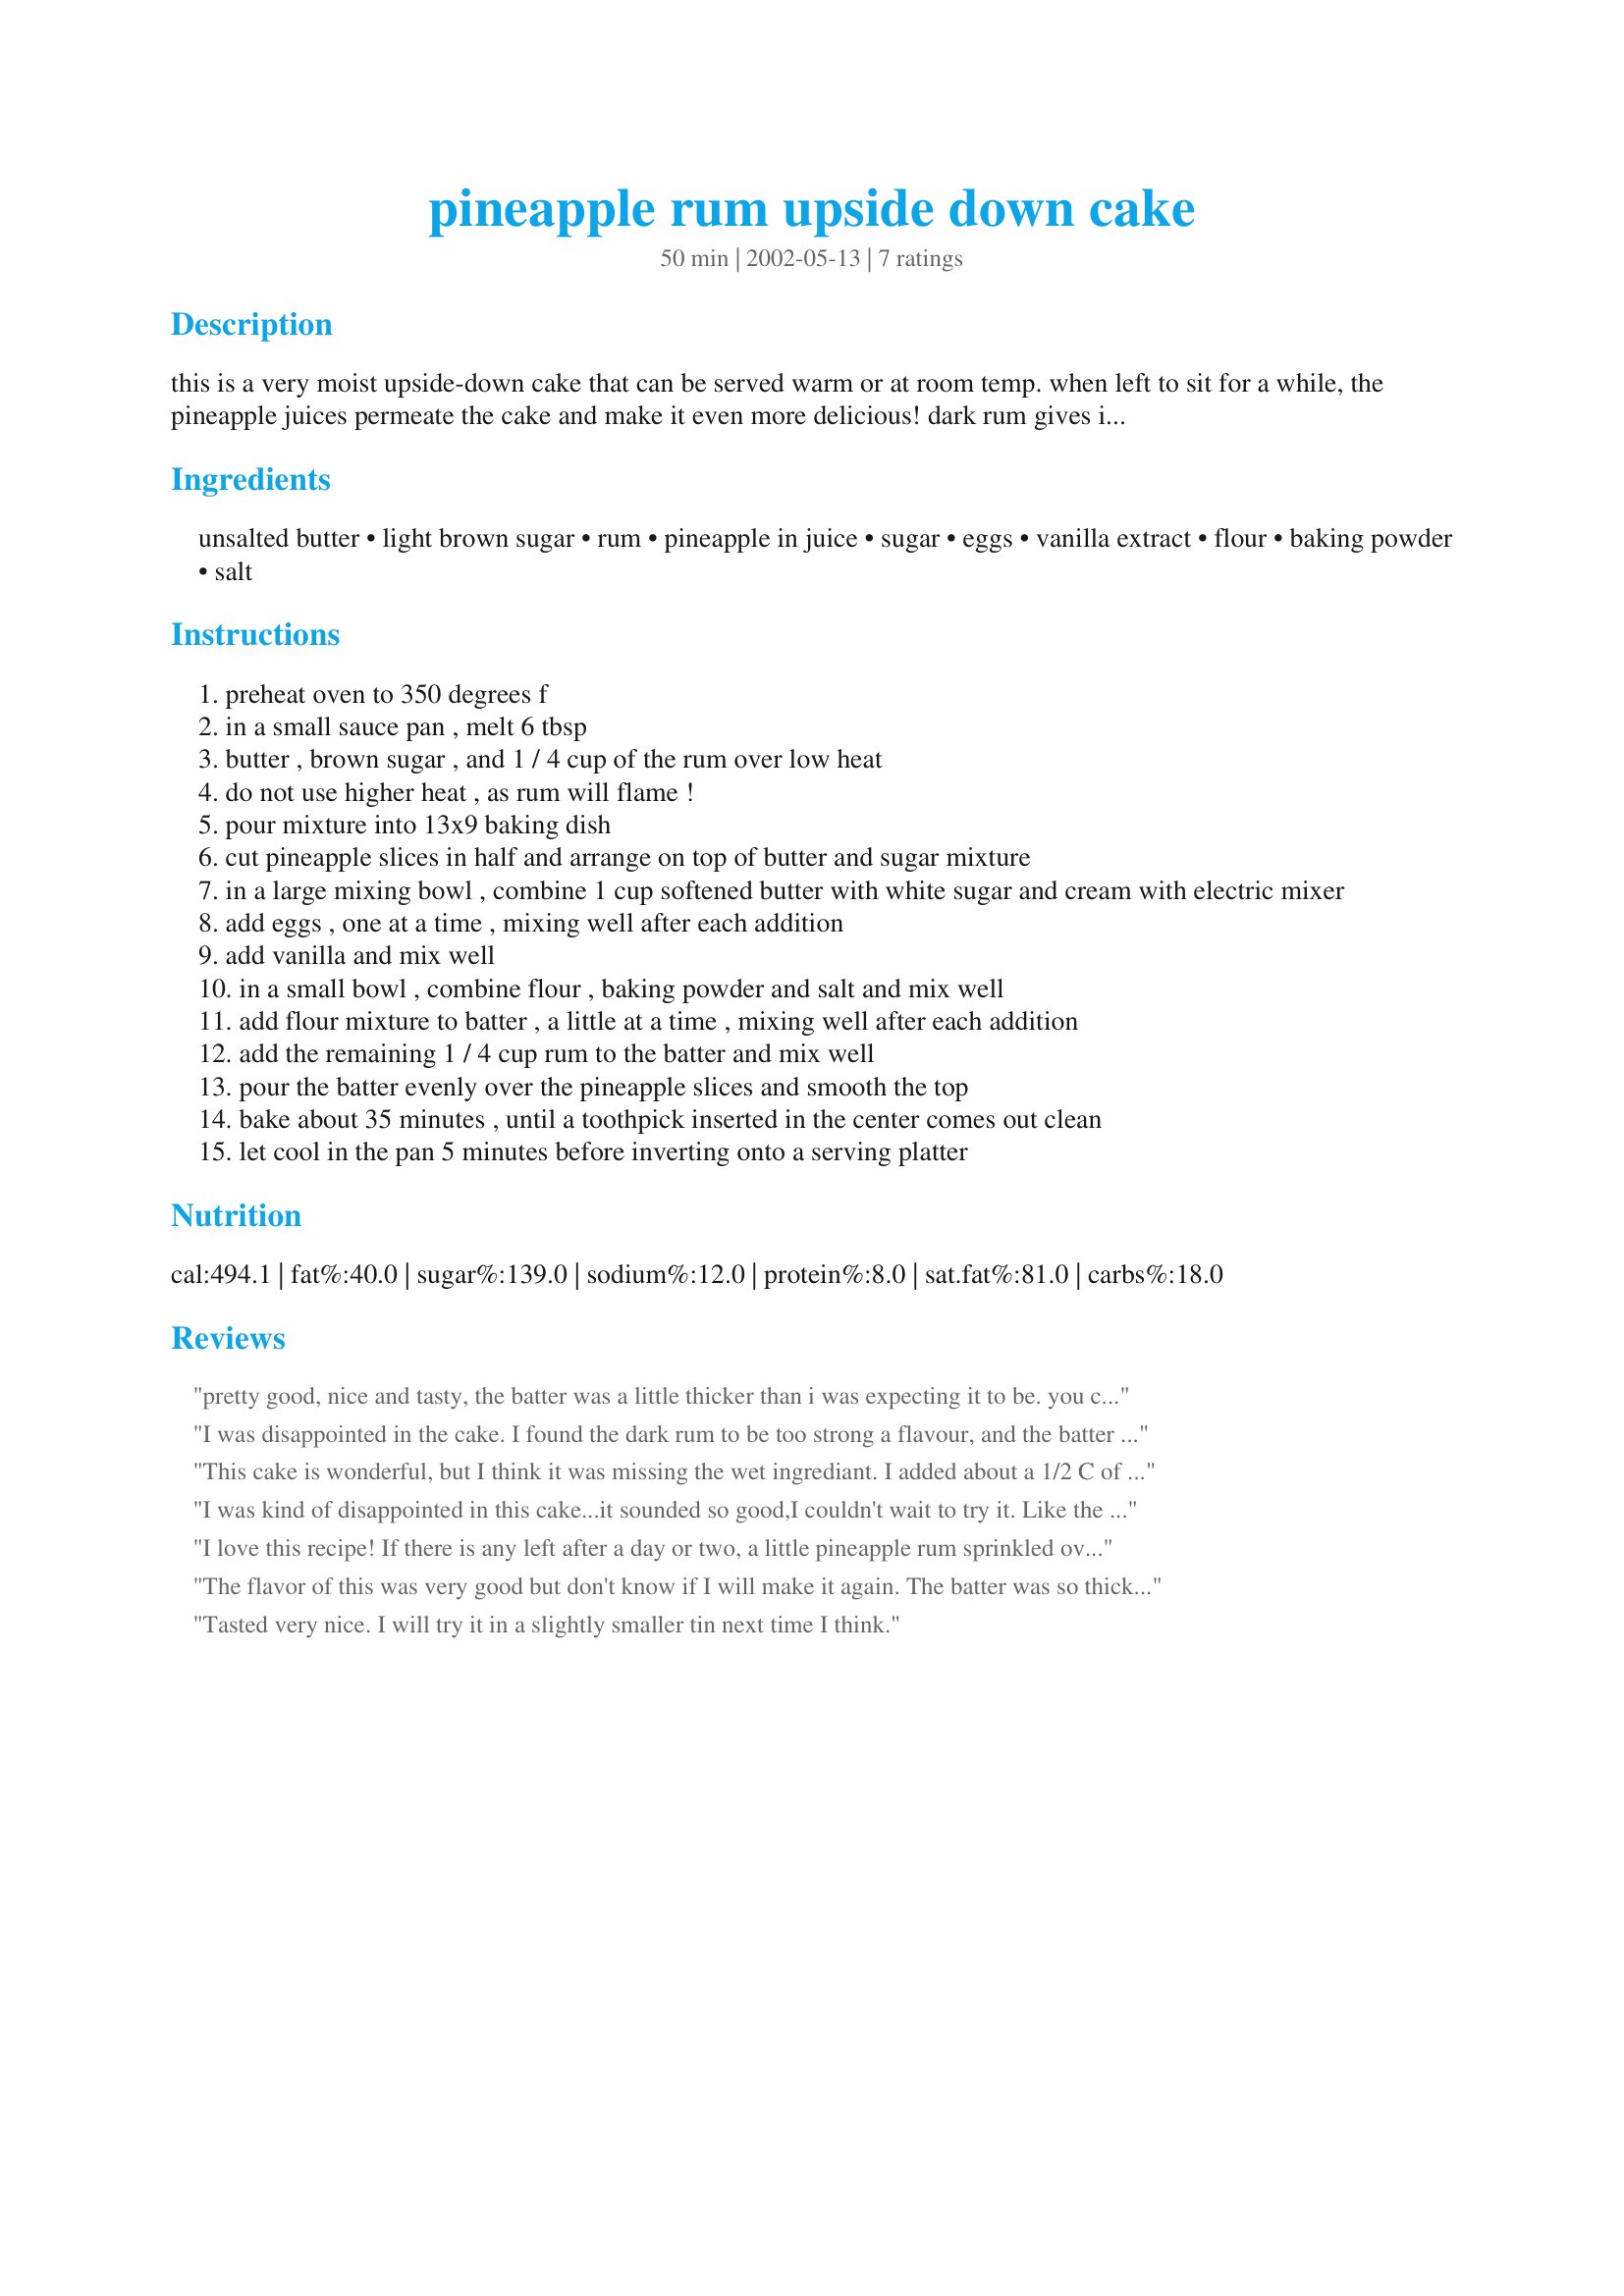
pineapple rum upside down cake
Preparation time: 50 minutes

this is a very moist upside-down cake that can be served warm or at room temp. when left to sit for a while, the pineapple juices permeate the cake and make it even more delicious! dark rum gives it really good flavor.

Ingredients:
unsalted butter, light brown sugar, rum, pineapple in juice, sugar, eggs, vanilla extract, flour, baking powder, salt

Steps:
preheat oven to 350 degrees f
in a small sauce pan , melt 6 tbsp
butter , brown sugar , and 1 / 4 cup of the rum over low heat
do not use higher heat , as rum will flame !
pour mixture into 13x9 baking dish
cut pineapple slices in half and arrange on top of butter and sugar mixture
in a large mixing bowl , combine 1 cup softened butter with white sugar and cream with electric mixer
add eggs , one at a time , mixing well after each addition
add vanilla and mix well
in a small bowl , combine flour , baking powder and salt and mix well
add flour mixture to batter , a little at a time , mixing well after each addition
add the remaining 1 / 4 cup rum to the batter and mix well
pour the batter evenly over the pineapple slices and smooth the top
bake about 35 minutes , until a toothpick inserted in the center comes out clean
let cool in the pan 5 minutes before inverting onto a serving platter

Reviews:
pretty good, nice and tasty, the batter was a little thicker than i was expecting it to be. you can even make a 9" round cake out of it.
I was disappointed in the cake. I found the dark rum to be too strong a flavour, and the batter too hard to spread evenly. It wasn't as appealing as I had hoped.
This cake is wonderful, but I think it was missing the wet ingrediant. I added about a 1/2 C of pineapple juice and not rum to the cake batter and it was delicious. Everyone raved about it. I also used Splenda instead of sugar. I doubled the recipe to fit a sheet pan. I will be making this one again. Enjoy!
I was kind of disappointed in this cake...it sounded so good,I couldn't wait to try it. Like the other reviewer said, the batter was awfully thick...I really didn't think it would cover all the fruit mixture, but it did,barely. The cake just didn't look appetizing, like most pineapple upside down cakes do. I may try it again and give it a second chance...if it turns out better then I can give it a higher rating but if I base my rating on the one I made last week, 3 stars is the best I can do.
I love this recipe! If there is any left after a day or two, a little pineapple rum sprinkled over the top makes it seem fresh baked again.
The flavor of this was very good but don't know if I will make it again. The batter was so thick I could barely spread it on top of the pineapple. I baked this the full 35 minutes and the toothpick came out clean but the cake part just was too heavy for our taste. I didn't bake this in a 9X13 as I was listening to other reviewers so I baked it in my Corningware 10 inch square skillet. Maybe that's why the cake was so heavy but again it was very flavorful and tasty.
Tasted very nice. I will try it in a slightly smaller tin next time I think.
